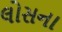
લોસના